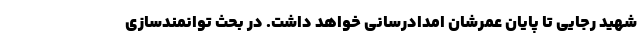
شهید رجایی تا پایان عمرشان امدادرسانی خواهد داشت. در بحث توانمندسازی